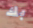
بك